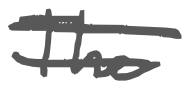
Text: The
Cross-out: double-line
Writing tool: digital_gray